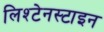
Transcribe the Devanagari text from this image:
लिश्टेनस्टाइन